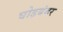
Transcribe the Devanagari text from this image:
घोड़बंदर